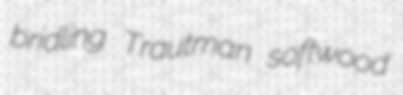
bridling Trautman softwood